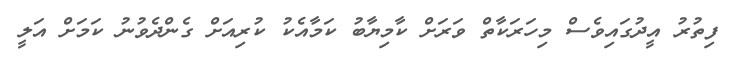
ފިތުރު އީދުގައިވެސް މިހަރަކާތް ވަރަށް ކާމިޔާބު ކަމާއެކު ކުރިއަށް ގެންދެވުނު ކަމަށް އަލީ